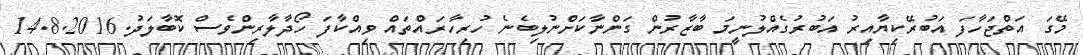
މޭގަ އަތްޖަހާފަ އަބުރޭކިޔާއިރު އަބުރުގެއްލުނީމަ ބާޒާރުން ގަންނާކަށްނުލިބެނެ ހުރިހާރައްތައް ވިއްކާފަ ހޯދާލާރިންވެސް ކޮބާލަދު.14.8.2016